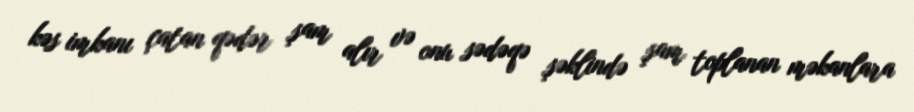
kəs imkanı çatan qədər şam alır və onu sədəqə şəklində şam toplanan məkanlara